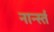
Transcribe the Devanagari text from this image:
नार्न्स्त